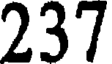
237